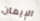
الإيمان